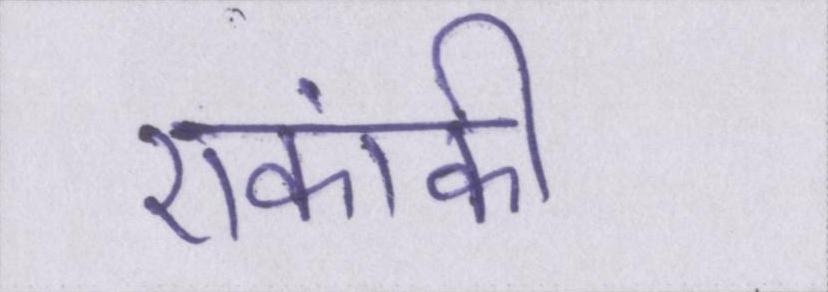
एकांकी